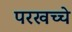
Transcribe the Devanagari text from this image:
परखच्चे